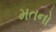
મતનો